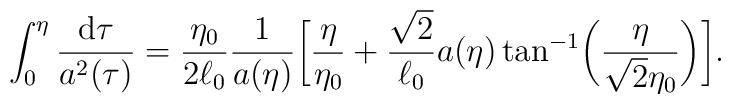
\int _0^{\eta }\frac{{\rm d}\tau }{a^2({\tau })}= \frac{\eta_0}{2\ell _0}\frac{1}{a(\eta )} \biggl[\frac{\eta }{\eta_0}+\frac{\sqrt{2}}{\ell _0}a(\eta ) \tan ^{-1}\biggl(\frac{\eta}{\sqrt{2}\eta _0}\biggr)\biggr].